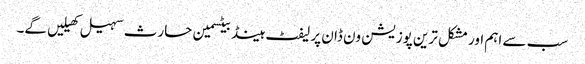
سب سے اہم اور مشکل ترین پوزیشن ون ڈان پر لیفٹ ہینڈ بیٹسمین حارث سہیل کھیلیں گے۔